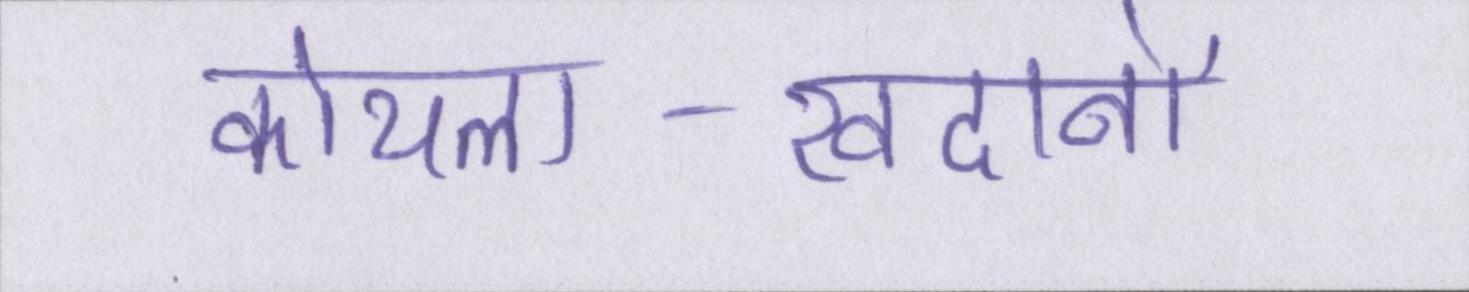
कोयला-खदानों